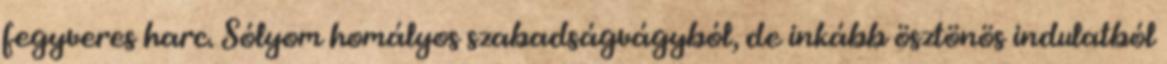
fegyveres harc. Sólyom homályos szabadságvágyból, de inkább ösztönös indulatból